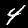
Label: 4